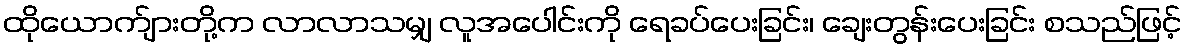
ထိုယောက်ျားတို့က လာလာသမျှ လူအပေါင်းကို ရေခပ်ပေးခြင်း၊ ချေးတွန်းပေးခြင်း စသည်ဖြင့်